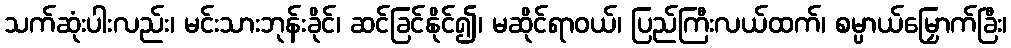
သက်ဆုံးပါးလည်း၊ မင်းသားဘုန်းခိုင်၊ ဆင်ခြင်နိုင်၍၊ မဆိုင်ရာဝယ်၊ ပြည်ကြီးလယ်ထက်၊ စမ္ပာယ်မြှောက်ခြီး၊